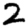
Digit: 2